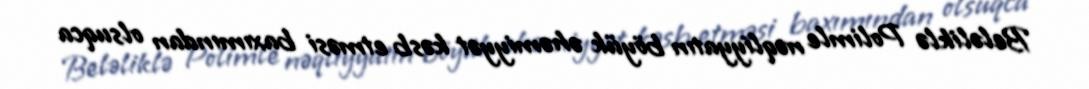
Beləliklə Polimle nəqliyyatın böyük əhəmiyyət kəsb etməsi baxımından olsuqca